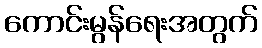
ကောင်းမွန်ရေးအတွက်